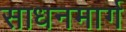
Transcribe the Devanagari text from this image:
साधनमार्ग